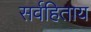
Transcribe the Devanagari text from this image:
सर्वहिताय